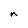
Character: a